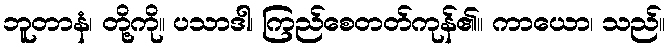
ဘူတာနံ၊ တို့ကို။ ပသာဒါ၊ ကြည်စေတတ်ကုန်၏။ ကာယော၊ သည်။